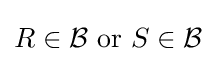
R\in {\mathcal {B}}{\text{ or }}S\in {\mathcal {B}}